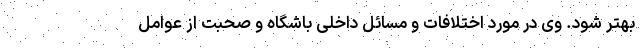
بهتر شود. وی در مورد اختلافات و مسائل داخلی باشگاه و صحبت از عوامل